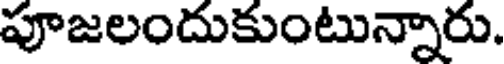
పూజలందుకుంటున్నారు.